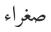
صغراء